Report on the lunatic asylums under the Government of Bombay - 1904-1913
Year: 1904
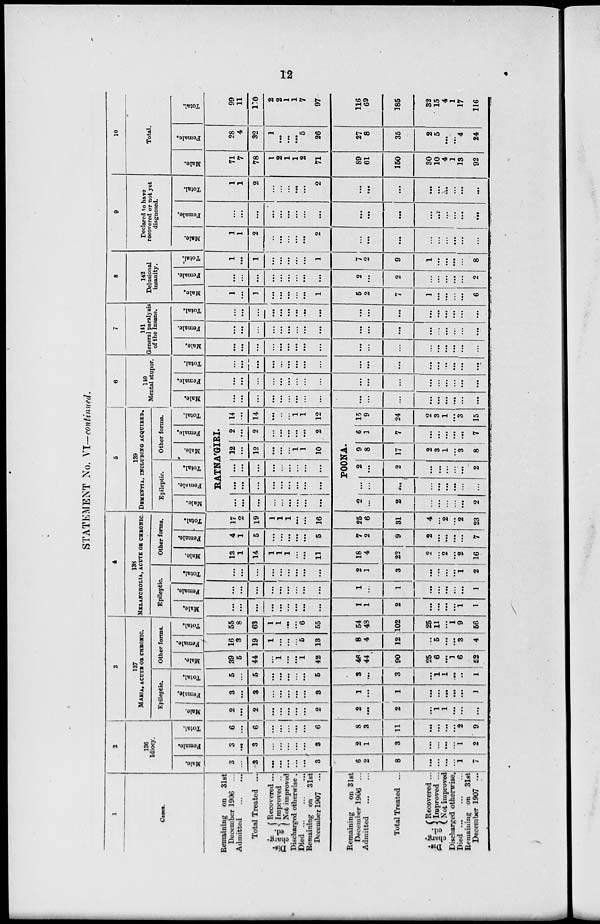
12
STATEMENT No. VI-continued.
1
Cases.
Remaining on 31st
December 1906 ...
Admitted
...
...
Total Treated ...
Dis¬
charg¬
ed.
Recovered ...
Improved ...
Not improved
Discharged otherwise.
Died...
...
...
Remaining on 31st
December 1907
...
Remaining
on 31st
December 1906 ...
Admitted
...
...
Total Treated ...
Dis¬
charg¬
ed.
Recovered ...
Improved ...
Not improved
Discharged otherwise.
Died...
...
...
Remaining on 31st
December 1907 ...
2
136
Idiocy.
Male.
3
...
3
...
...
...
...
...
3
6
2
8
...
...
...
1
7
Female.
3
...
3
...
...
...
...
...
3
2
1
3
...
...
...
...
1
2
Total.
6
...
6
...
...
...
...
...
6
8
3
11
...
...
...
...
2
9
3
137
MANIA, ACUTE OR CHRONIC.
Epileptic.
Male.
2
...
2
...
...
...
...
...
2
2
...
2
...
1
1
...
...
...
Female.
3
...
3
...
...
...
...
3
1
...
1
...
...
...
...
...
1
Total.
5
...
5
...
...
...
...
...
5
3
...
3
...
1
1
...
..
1
Other forms.
Male.
39
5
44
...
1
...
...
1
42
46
44
90
25
6
...
1
6
52
Female.
16
3
19
1
...
...
...
5
13
8
4
12
...
5
...
...
3
4
Total.
55
8
63
1
1
...
...
6
55
54
48
102
25
11
...
1
9
56
4
138
MELANCHOLIA, ACUTE OR CHRONIC.
Epileptic.
Male.
...
...
...
...
...
...
...
...
...
1
1
2
...
...
...
...
1
1
Female.
...
...
...
...
...
...
...
...
...
1
...
1
...
...
...
...
...
1
Total.
...
...
...
...
...
...
...
...
...
2
1
3
...
...
...
...
1
2
Other forms.
Male.
13
1
14
1
1
1
...
...
11
18
4
22
2
...
2
...
2
16
Female.
4
1
5
...
..
...
...
...
5
7
2
9
2
...
...
...
...
7
Total.
17
2
19
1
1
1
...
...
16
25
6
31
4
...
2
...
2
23
5
139
DEMNTIA, INCLUDING ACQUIRED.
Epileptic.
Male.
Female.
Total.
Other forms.
Male.
Female.
Total.
RATNA'GIRI.
...
...
...
...
...
...
...
...
...
...
...
...
...
...
...
...
...
...
...
...
...
...
...
...
...
...
...
12 ...
12
...
...
...
1
1
10
2
...
2
...
...
...
...
2
14
...
14
...
...
...
1
1
12
POONA.
2
...
2
...
...
...
...
...
2
...
...
...
...
...
...
...
...
...
2
...
2
...
...
...
...
...
2
9
8
17
2
3
1
1
3
8
6
1
7
...
...
...
...
...
7
15
9
24
2
3
1
...
3
15
6
110
Mental stupor.
Male.
...
...
...
...
...
...
...
...
...
...
...
...
...
...
...
...
...
...
Female.
...
...
...
...
...
...
...
...
...
...
...
...
...
...
...
...
...
...
Total.
...
...
...
...
...
...
...
...
...
...
...
...
...
...
...
...
...
...
7
141
General paralysis
of the Insane.
Male.
...
...
...
...
...
...
...
...
...
...
...
...
...
...
...
...
...
...
Female.
...
...
...
...
...
...
...
...
...
...
...
...
...
...
...
...
...
...
Total.
...
...
...
...
...
...
...
...
...
.
...
...
...
...
...
...
...
...
...
8
142
Delusional
insanity.
Male.
1
...
1
...
...
...
...
...
1
5
2
7
1
...
...
...
...
6
Female.
...
...
...
...
...
...
...
...
...
2
...
2
...
...
...
...
...
2
Total.
1
...
1
...
...
...
...
...
1
7
2
9
1
...
...
...
...
8
9
Declared to have
recovered or not yet
diagnosed.
Male.
1
1
2
..
...
...
...
...
2
...
...
...
...
...
...
...
...
...
Female.
...
...
...
...
...
...
...
...
...
...
...
...
...
...
...
...
...
...
Total.
1
1
2
...
...
...
...
...
2
...
...
...
...
...
...
...
...
...
10
Total.
Male.
71
7
78
1
2
1
1
2
71
89
61
150
30
10
4
1
13
92
Female.
28
4
32
1
...
...
...
5
26
27
8
35
2
5
...
...
4
24
Total.
99
11
110
2
2
1
1
7
97
116
69
185
32
15
4
1
17
116